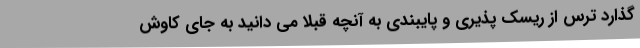
گذارد ترس از ریسک پذیری و پایبندی به آنچه قبلاً می دانید به جای کاوش